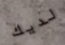
لديك